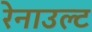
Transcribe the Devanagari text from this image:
रेनाउल्ट